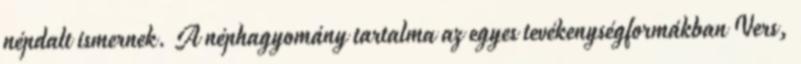
népdalt ismernek. A néphagyomány tartalma az egyes tevékenységformákban Vers,